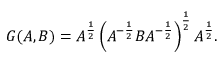
\begin{array} { r } { G ( A , B ) = A ^ { \frac { 1 } { 2 } } \left( A ^ { - \frac { 1 } { 2 } } B A ^ { - \frac { 1 } { 2 } } \right) ^ { \frac { 1 } { 2 } } A ^ { \frac { 1 } { 2 } } . } \end{array}